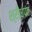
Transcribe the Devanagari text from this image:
श्रीधपंत